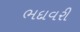
ભદાવરી